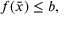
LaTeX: f ( { \bar { x } } ) \leq b ,